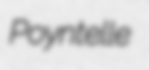
Poyntelle